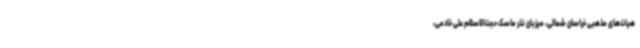
هیات‌های مذهبی خراسان شمالی، میزبان نذر ماسک حجت‌الاسلام علی خادمی،